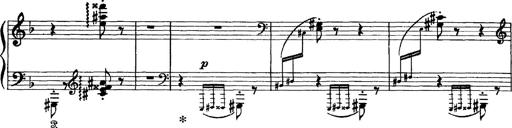
Title: Scherzo und Marsch
Composer: Franz Liszt